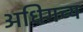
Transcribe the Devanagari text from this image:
अधिगच्य